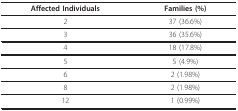
<table><thead><tr><td><b>Affected Individuals</b></td><td><b>Families (%)</b></td></tr></thead><tbody><tr><td>2</td><td>37 (36.6%)</td></tr><tr><td>3</td><td>36 (35.6%)</td></tr><tr><td>4</td><td>18 (17.8%)</td></tr><tr><td>5</td><td>5 (4.9%)</td></tr><tr><td>6</td><td>2 (1.98%)</td></tr><tr><td>8</td><td>2 (1.98%)</td></tr><tr><td>12</td><td>1 (0.99%)</td></tr></tbody></table>